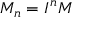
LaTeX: M _ { n } = I ^ { n } M